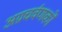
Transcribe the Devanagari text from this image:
अग्रचर्वणकों